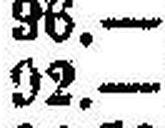
92.—